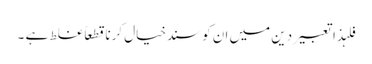
فلہذاتعبیردین میں ان کوسندخیال کرناقطعاً غلط ہے ۔